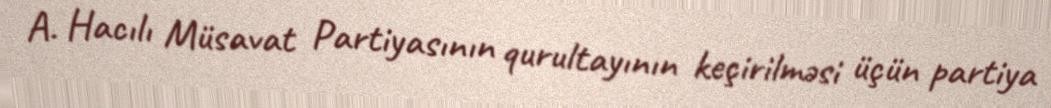
A. Hacılı Müsavat Partiyasının qurultayının keçirilməsi üçün partiya